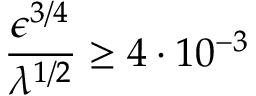
\frac { \epsilon ^ { 3 / 4 } } { \lambda ^ { 1 / 2 } } \geq 4 \cdot 1 0 ^ { - 3 }